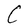
Character: C